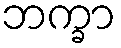
ဘက္ခာ